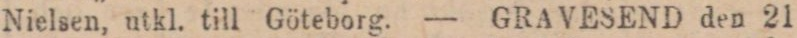
Nielsen, utkl. till Göteborg. — GRAVESEND den 21